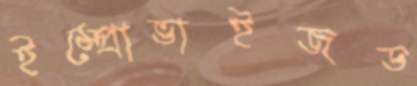
ইম্প্রোভাইজড